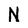
Character: N